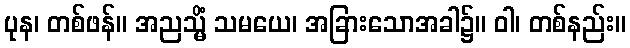
ပုန၊ တစ်ဖန်။ အညသ္မိံ သမယေ၊ အခြားသောအခါ၌။ ဝါ၊ တစ်နည်း။